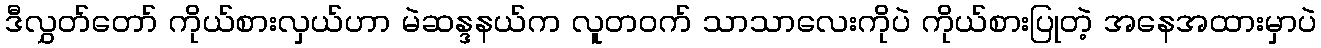
ဒီလွှတ်တော် ကိုယ်စားလှယ်ဟာ မဲဆန္ဒနယ်က လူတဝက် သာသာလေးကိုပဲ ကိုယ်စားပြုတဲ့ အနေအထားမှာပဲ